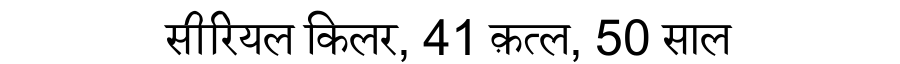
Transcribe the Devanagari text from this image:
सीरियल किलर, 41 क़त्ल, 50 साल